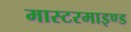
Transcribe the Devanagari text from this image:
मास्टरमाइण्ड